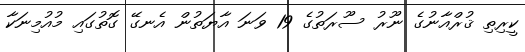
ކީރިތި ޤުރްއާނުގެ ނޫރު ސޫރަތުގެ 19 ވަނަ އާޔަތުން އެނގޭ ގޮތުގައި މުއުމިނަކާ